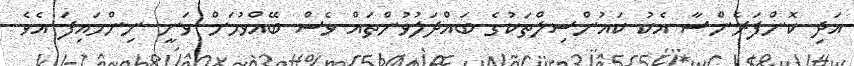
އަދި ކޮންފަރެންސާ އެކު ކައުންސިލްތަކުގެ ބައްދަލުވުންތައް ވެސް ބޭއްވުމަށް ވަނީ ނިންމައިފަ އެވެ.